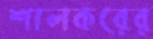
শালকরের